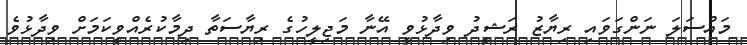
މައްސަލަ ނަންގަވައި ރިޔާޒު ރަޝީދު ވިދާޅުވީ އޭނާ މަޖިލީހުގެ ރިޔާސަތާ ދިމާކުރެއްވީކަމަށް ވިދާޅުވެ